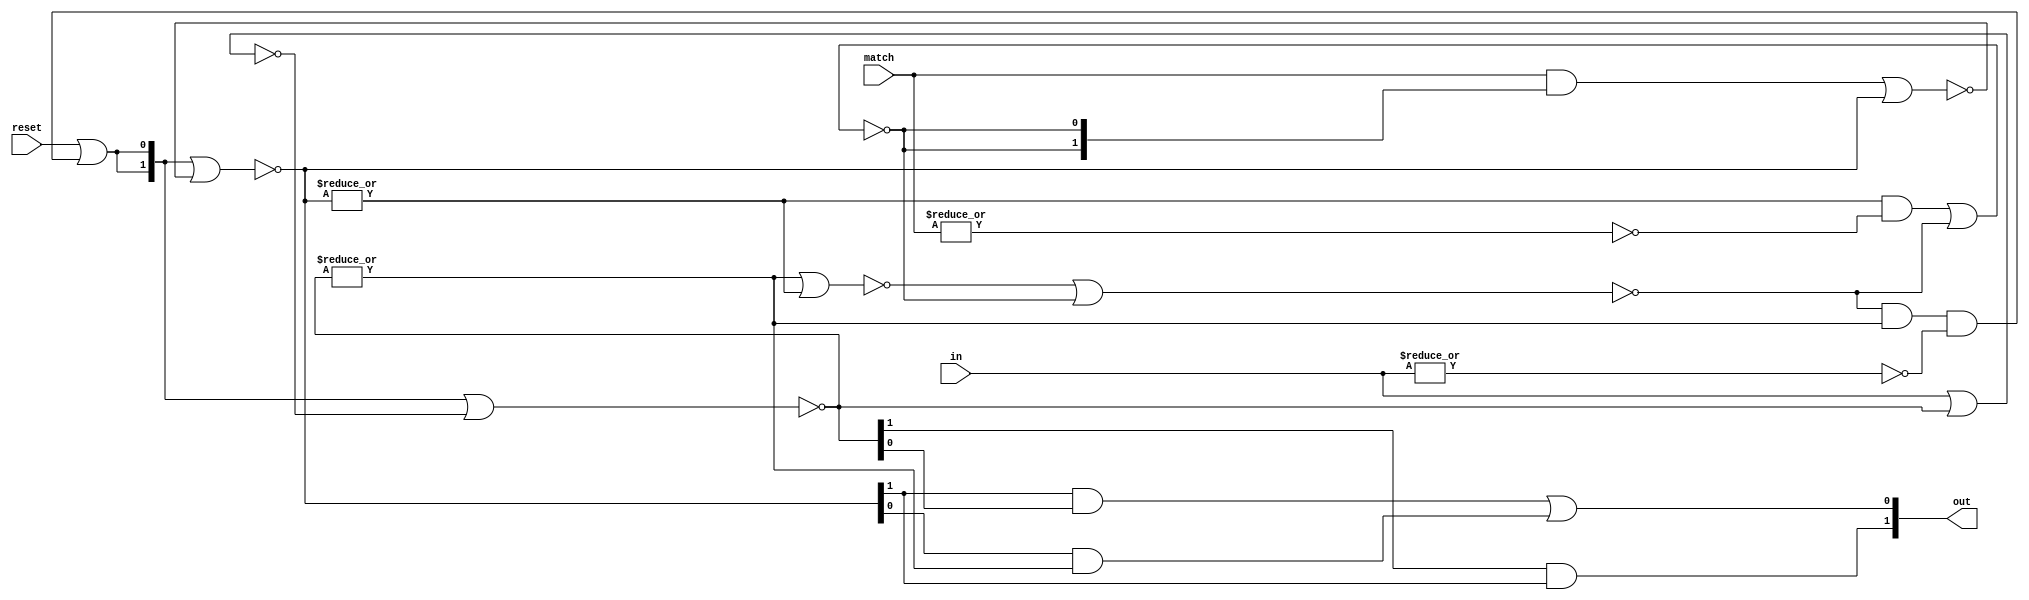
// SPDX-FileCopyrightText: Copyright 2020 Jecel Mattos de Assumpcao Jr
// 
// SPDX-License-Identifier: Apache-2.0 
// 
// Licensed under the Apache License, Version 2.0 (the "License");
// you may not use this file except in compliance with the License.
// You may obtain a copy of the License at
// 
//     https://www.apache.org/licenses/LICENSE-2.0
// 
// Unless required by applicable law or agreed to in writing, software
// distributed under the License is distributed on an "AS IS" BASIS,
// WITHOUT WARRANTIES OR CONDITIONS OF ANY KIND, either express or implied.
// See the License for the specific language governing permissions and
// limitations under the License.


// These are the building blocks for Morphle Logic, an asynchronous
// runtime reconfigurable array (ARRA).

// many signals are two bit busses
`define Vempty 0
`define V0     1
`define V1     2
// the combination 3 is not defined

// this asynchronous finite state machine is the basic building block
// of Morphle Logic. It explicitly defines 5 simple latches that
// directly change when their inputs do, so there is no clock anywhere

module ycfsm (
    input reset,
    input [1:0] in,
    input [1:0] match,
    output [1:0] out);
    
    wire [1:0] lin;
    wire [1:0] nlin;
    wire [1:0] lmatch;
    wire [1:0] nlmatch;
    wire lmempty;
    wire nlmempty;
        
    wire linval    =| lin; // lin != `Vempty;
    wire inval     =| in; // in != `Vempty;
    wire lmatchval =| lmatch; // lmatch != `Vempty;
    wire matchval  =| match; // match != `Vempty;

    wire clear;    
    assign #1 clear = reset | (lmempty & linval & ~inval);
    wire [1:0] clear2 = {clear,clear};
    
    // two bit latches
    assign #1 lin = ~(clear2 | nlin);
    assign #1 nlin = ~(in | lin);
    
    assign #1 lmatch = ~(clear2 | nlmatch);
    assign #1 nlmatch = ~((match & {nlmempty,nlmempty}) | lmatch);
    
    // one bit latch
    assign #1 lmempty = ~(~(linval | lmatchval) | nlmempty);
    assign #1 nlmempty = ~((lmatchval & ~matchval) | lmempty);
    
    // forward the result of combining match and in
    assign out[1] = lin[1] & lmatch[1];
    assign out[0] = (lmatch[1] & lin[0]) | (lmatch[0] & linval);
    
endmodule

// each "yellow cell" in Morphle Logic can be configured to one of eight
// different options. This circuit saves the 3 bits of the configuration
// and outputs the control circuit the rest of the cell needs
//
// the case statement is where the meaning of the configuration bits are
// defined and is the only thing that needs to change (not counting software)
// if the meaning needs to be changed

module ycconfig (
       input confclk, cbitin,
       output cbitout,
       output empty,
       output hblock, hbypass, hmatch0, hmatch1,
       output vblock, vbypass, vmatch0, vmatch1);
       
       reg [8:0] r;  // case needs REG even though we want a combinational circuit
       assign {empty,hblock,hbypass, hmatch0, hmatch1,
               vblock, vbypass, vmatch0, vmatch1} = r;
       
       reg [2:0] cnfg;
       always @(posedge confclk) cnfg = {cnfg[1:0],cbitin}; // shift to msb
       assign cbitout = cnfg[2];  // shifted to next cell
       
       always @*
         case(cnfg)
           default: r = 9'b110001000; // . is empty and blocked
           3'b001: r = 9'b001000100; // +     short circuit both
           3'b010: r = 9'b001001000; // -     horizontal short circuit
           3'b011: r = 9'b010000100; // |     vertical short circuit
           3'b100: r = 9'b000000101; // 1     1 vertical and short
           3'b101: r = 9'b000000110; // 0     0 vertical and short
           3'b110: r = 9'b001010000; // Y     1 horizontal and short    
           3'b111: r = 9'b001100000; // N     0 horizontal and short
         endcase
       
endmodule

// this is the heart of Morphle Logic. It is called the "yellow cell" because
// of the first few illustrations of how it would work, with "red cells" being
// where the inputs and outputs connect to the network. Each yellow cell
// connects to four neighbors, labelled U (up), D (down), L (left) and R (right)
//
// Each cell receives its configuration bits from U and passes them on to D
//
// Values are indicated by a pair of wires, where 00 indicates empty, 01 a
// 0 value and 10 indicates a 1 value. The combination 11 should never appear
//
// Vertical signals are implemented by a pair of pairs, one of which goes
// from U to D and the second goes D to U. The first pair is the accumulated
// partial results from several cells while the second is the final result
// Horizontal signals also have a L to R pair for partial results and a R to L
// pair for final results

module ycell(
`ifdef USE_POWER_PINS
    inout vccd1,	// User area 1 1.8V supply
    inout vssd1,	// User area 1 digital ground
`endif
  // control
  input reset,    // freezes the cell operations and clears everything
  output reseto,  // pass through to help routing
  input confclk,   // a strobe to enter one configuration bit
  output confclko,
  input cbitin,   // new configuration bit from previous cell (U)
  output cbitout, // configuration bit to next cell (D)
  output hempty,  // this cell interrupts horizontal signals
  output hempty2,
  output vempty,  // this cell interrupts vertical signals
  output vempty2,
  // UP
  input uempty,    // cell U is empty, so we are the topmost of a signal
  input [1:0] uin,
  output [1:0] uout,
  // DOWN
  input dempty,    // cell D is empty, so we are the bottommost of a signal
  input [1:0] din,
  output [1:0] dout,
  // LEFT
  input lempty,    // cell L is empty, so we are the leftmost of a signal
  input [1:0] lin,
  output [1:0] lout,
  // RIGHT
  input rempty,    // cell D is empty, so we are the rightmost of a signal
  input [1:0] rin,
  output [1:0] rout);
  
  // bypass to pins on opposite side of the circuit (could add buffers?)
  assign reseto = reset;
  assign confclko = confclk;
  assign hempty2 = hempty;
  assign vempty2 = vempty;
  
  // configuration signals decoded
  wire empty;
  wire hblock, hbypass, hmatch0, hmatch1;
  wire vblock, vbypass, vmatch0, vmatch1;
  ycconfig cfg (.confclk(confclk), .cbitin(cbitin), .cbitout(cbitout),
                 .empty(empty),
                 .hblock(hblock), .hbypass(hbypass), .hmatch0(hmatch0), .hmatch1(hmatch1),
                 .vblock(vblock), .vbypass(vbypass), .vmatch0(vmatch0), .vmatch1(vmatch1));
                 
  assign hempty = empty | hblock;
  wire hreset = reset | hblock; // perhaps "| hbypass" to save energy?
  wire hosc = ~hreset & ~(lempty & rempty); // safe to "oscillate" if not isolated
  wire [1:0] hin;
  wire [1:0] hout;
  wire [1:0] hback;

  assign vempty = empty | vblock;
  wire vreset = reset | vblock;
  wire vosc = ~vreset & ~(uempty & dempty); // safe to "oscillate" if not isolated
  wire [1:0] vin;
  wire [1:0] vout;
  wire [1:0] vback;

  wire [1:0] hmatch = {(vback[1]&vmatch1)|(vback[0]&vmatch0),(vback[1]&~vmatch1&vmatch0)|(vback[0]&~vmatch0&vmatch1)};
  ycfsm hfsm (.reset(hreset), .in(hin), .match(hmatch), .out(hout));
  wire [1:0] bhout = hbypass ? hin : hout;
  assign rout = bhout;
  assign #1 hin = lempty ? {hosc&(~(hback[1]|hback[1'b0])),1'b0} : lin; // no oscillation on reset
  assign hback = (rempty | hempty) ? bhout : rin; // don't propagate when rightmost or empty
  assign lout = hback;
  
  wire [1:0] vmatch = {(hback[1]&hmatch1)|(hback[0]&hmatch0),(hback[1]&~hmatch1&hmatch0)|(hback[0]&~hmatch0&hmatch1)};
  ycfsm vfsm (.reset(vreset), .in(vin), .match(vmatch), .out(vout));
  wire [1:0] bvout = vbypass ? vin : vout;
  assign dout = bvout;
  assign #1 vin = uempty ? {vosc&(~(vback[1]|vback[1'b0])),1'b0} : uin; // no oscillation on reset
  assign vback = (dempty | vempty) ? bvout : din; // don't propagate when bottommost or empty
  assign uout = vback;

endmodule